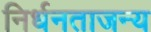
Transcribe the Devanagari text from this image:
निर्धनताजन्य